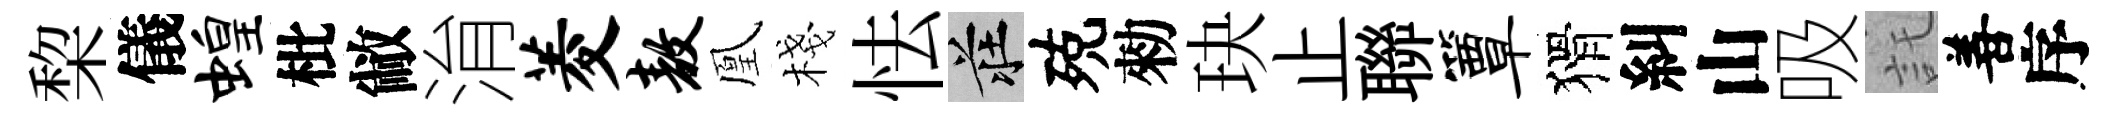
棃儀蝗枇敝㳙菱敖凰棧怯莊殑勑玦止聯簟猾糾山吸託善序